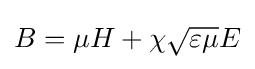
B=\mu H+\chi {\sqrt {\varepsilon \mu }}E